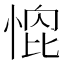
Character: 𭝰